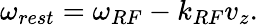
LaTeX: \omega_{rest}=\omega_{RF}-k_{RF}v_{z}.